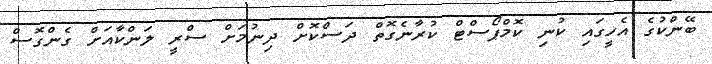
ބޭންކުގެ އެހީގައި ކުނި ކޮމްޕޯސްޓް ކުރާނެގޮތް ދަސްކޮށް ދިނުމަށް ސްރީ ލަންކާއަށް ގެންގޮސް